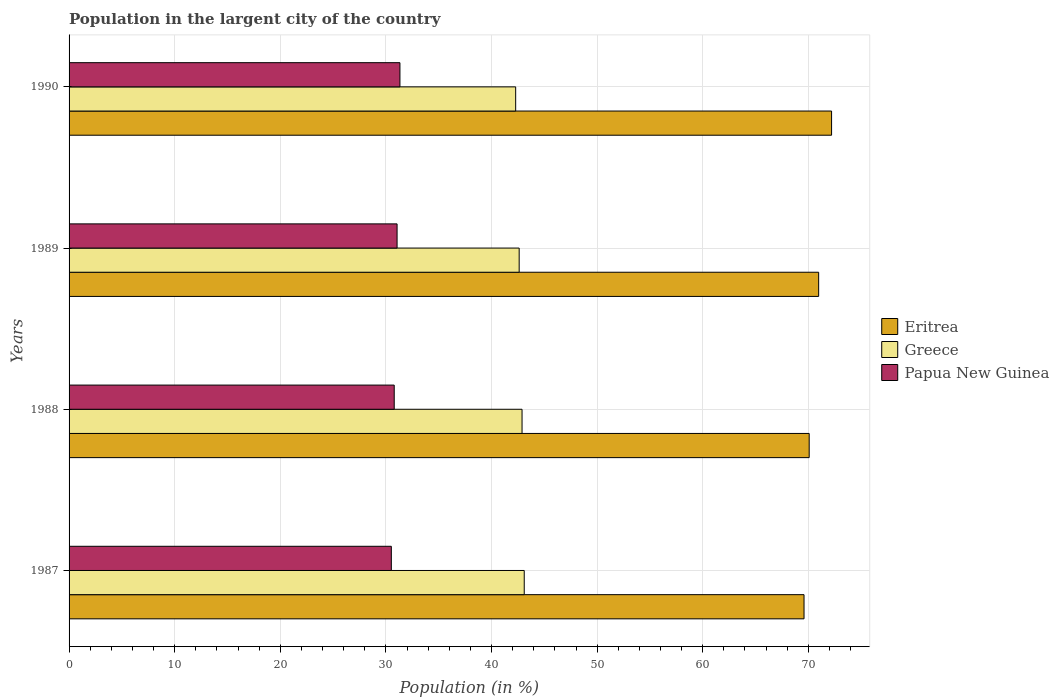
| Years | Eritrea | Greece | Papua New Guinea |
 | --- | --- | --- | --- |
 | 1987 | 69.6 | 43.1 | 30.5 |
 | 1988 | 70.1 | 42.9 | 30.8 |
 | 1989 | 71 | 42.6 | 31.1 |
 | 1990 | 72.2 | 42.3 | 31.3 |